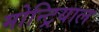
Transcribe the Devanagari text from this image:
मोन्ट्रियाल